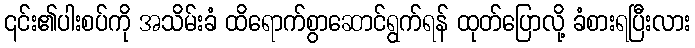
၎င်း၏ပါးစပ်ကို အသိမ်းခံ ထိရောက်စွာဆောင်ရွက်ရန် ထုတ်ပြောလို့ ခံစားရပြီးလား